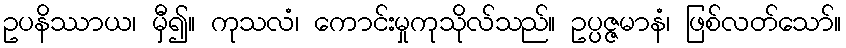
ဥပနိဿာယ၊ မှီ၍။ ကုသလံ၊ ကောင်းမှုကုသိုလ်သည်။ ဥပ္ပဇ္ဇမာနံ၊ ဖြစ်လတ်သော်။